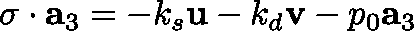
\mathbf { \sigma } \cdot { \bf { a } } _ { 3 } = - k _ { s } \mathbf { u } - k _ { d } \mathbf { v } - p _ { 0 } { \bf { a } } _ { 3 }